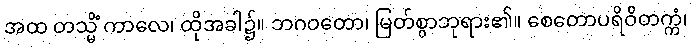
အထ တသ္မိံ ကာလေ၊ ထိုအခါ၌။ ဘဂဝတော၊ မြတ်စွာဘုရား၏။ စေတောပရိဝိတက္ကံ၊